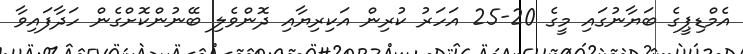
އެމްޑިޕީގެ ބަޔާނުގައި މީގެ 20-25 އަހަރު ކުރިން އަކިރިޔާއި ދޮންވެލި ބޭނުންކޮށްގެން ހަދާފައިވާ